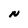
Character: N